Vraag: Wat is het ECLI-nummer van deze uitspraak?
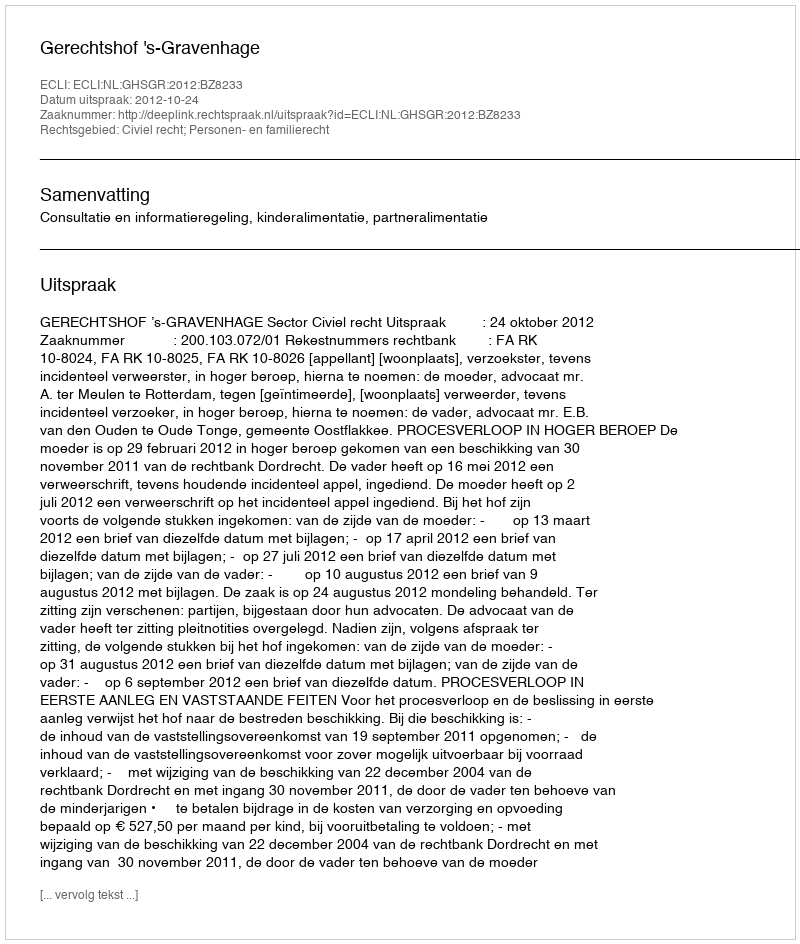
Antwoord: ECLI:NL:GHSGR:2012:BZ8233